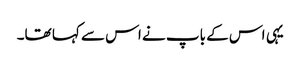
یہی اس کے باپ نے اس سے کہا تھا۔